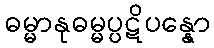
ဓမ္မာနုဓမ္မပ္ပဋိပန္နော